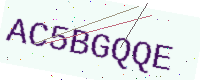
Text: AC5BGQQE